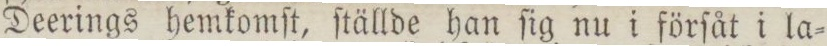
Deerings hemkomſt, ſtällde han ſig nu i förſåt i la=